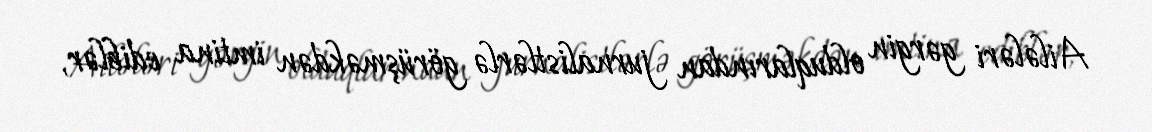
Ailələri gərgin olduqlarından jurnalistlərlə görüşməkdən imtina ediblər,